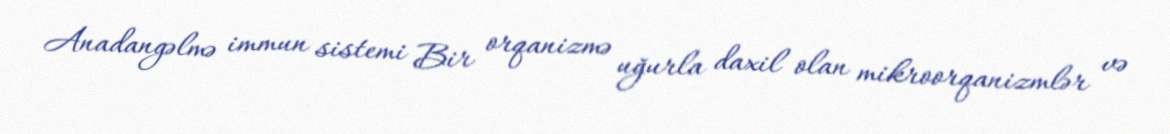
Anadangəlmə immun sistemi Bir orqanizmə uğurla daxil olan mikroorqanizmlər və